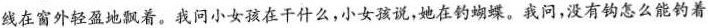
线在窗外轻盈地飘着。我问小女孩在干什么，小女孩说，她在钓蝴蝶。我问，没有钩怎么能钓着